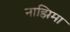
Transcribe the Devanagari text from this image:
नाझिमा